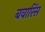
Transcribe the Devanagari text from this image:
बवारिंस